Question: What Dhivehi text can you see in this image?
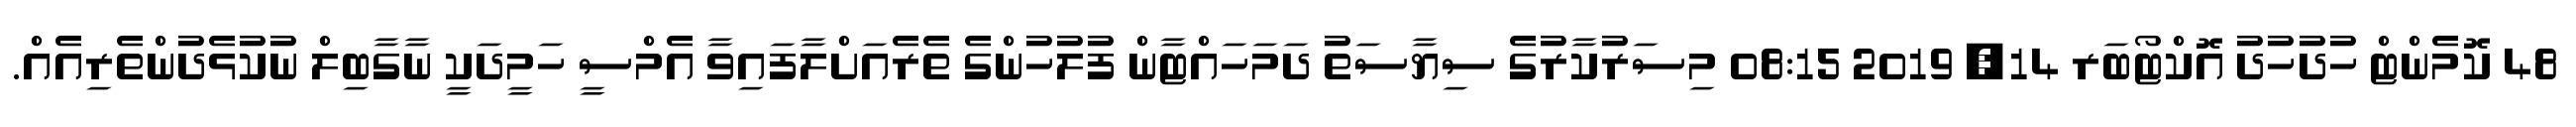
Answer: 48 ކޮމެންޓް ހުދުހުދު އޮކްޓޯބަރ 14, 2019 08:15 މިސަރުކާރުގެ ސިޔާސަތު ދަމަހައްޓާން ފުލުހުންގެ ތެރެއަށްލާފައިވާ އެމްސީ ހަމީދަކީ ނާގާބިލް ނުކުޅެދުންތެރިއެއް.